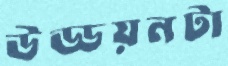
উড্ডয়নটা